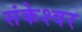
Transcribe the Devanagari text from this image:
संकेश्‍वर